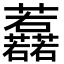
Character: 䖃